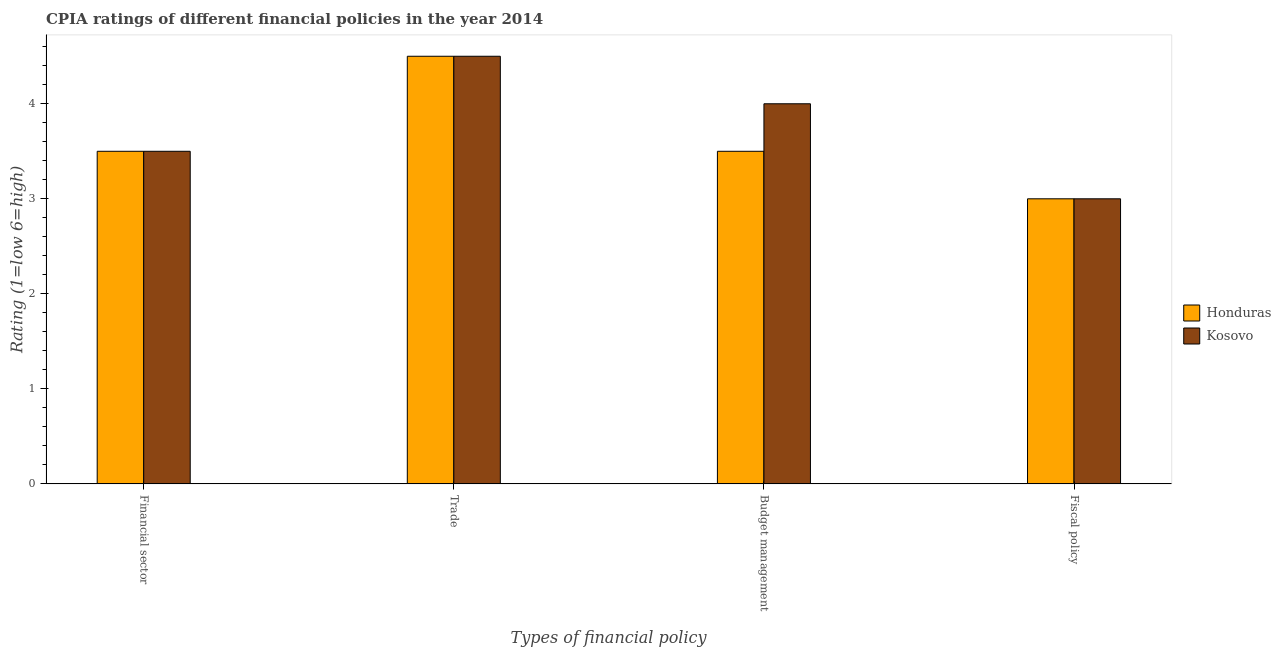
| Types of financial policy | Honduras | Kosovo |
 | --- | --- | --- |
 | Financial sector | 3.5 | 3.5 |
 | Trade | 4.5 | 4.5 |
 | Budget management | 3.5 | 4 |
 | Fiscal policy | 3 | 3 |